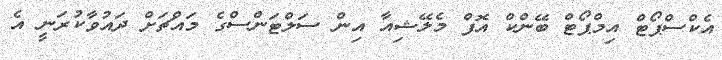
އެކްސްޕޯޓް އިމްޕޯޓް ބޭންކް އޮފް މެލޭޝިއާ އިން ސަލްޓަންސްގެ މައްޗަށް ދައުވާކުރަނީ އެ